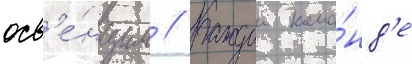
осв'е́нцим // Каждои кома́нд'е